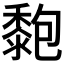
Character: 𪏶